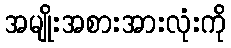
အမျိုးအစားအားလုံးကို